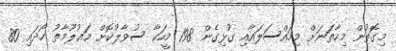
މިގޮތުން މިހާތަނަށް މިމައްސަލައާއި ގުޅިގެން 198 މީހަކާ ސުވާލުކޮށް މަޢުލޫމާތު ހޯދައި 80